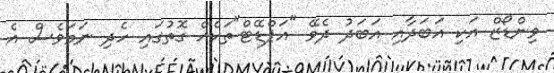
ވިންޑޯޒް އަކި އަބަދާއި އަބަދު ދެވޭ "އަޕްޑޭޓް"ތަކެއް ގޮތުގައި ހެދި ނަމަވެސް އެ